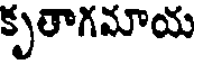
కృతాగమాయ